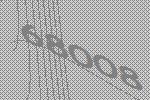
68008